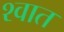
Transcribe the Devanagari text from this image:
श्वात